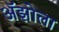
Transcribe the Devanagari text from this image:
अॅझोला